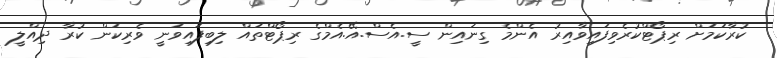
ކުރާކަމަށް ރިޕޯޓްކުރެވިފައިވާއިރު އެންމެ ގިނައިން ސީ.އެސް.އޭ.އެމްގެ ރިޕޯޓްތައް ލިބިފައިވަނީ ވެރިކަން ކުރާ ދިއްލީ